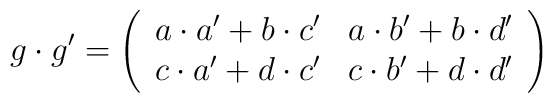
g \cdot g'=\left(\begin{array}{rr}a \cdot a' + b \cdot c'& a \cdot b' + b \cdot d'\\c \cdot a' + d \cdot c' & c \cdot b' + d \cdot d'\end{array}\right)